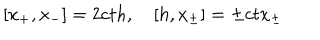
LaTeX: [ x _ { + } , x _ { - } ] = 2 c t h , \quad [ h , x _ { \pm } ] = \pm c t x _ { \pm }